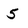
Character: 5